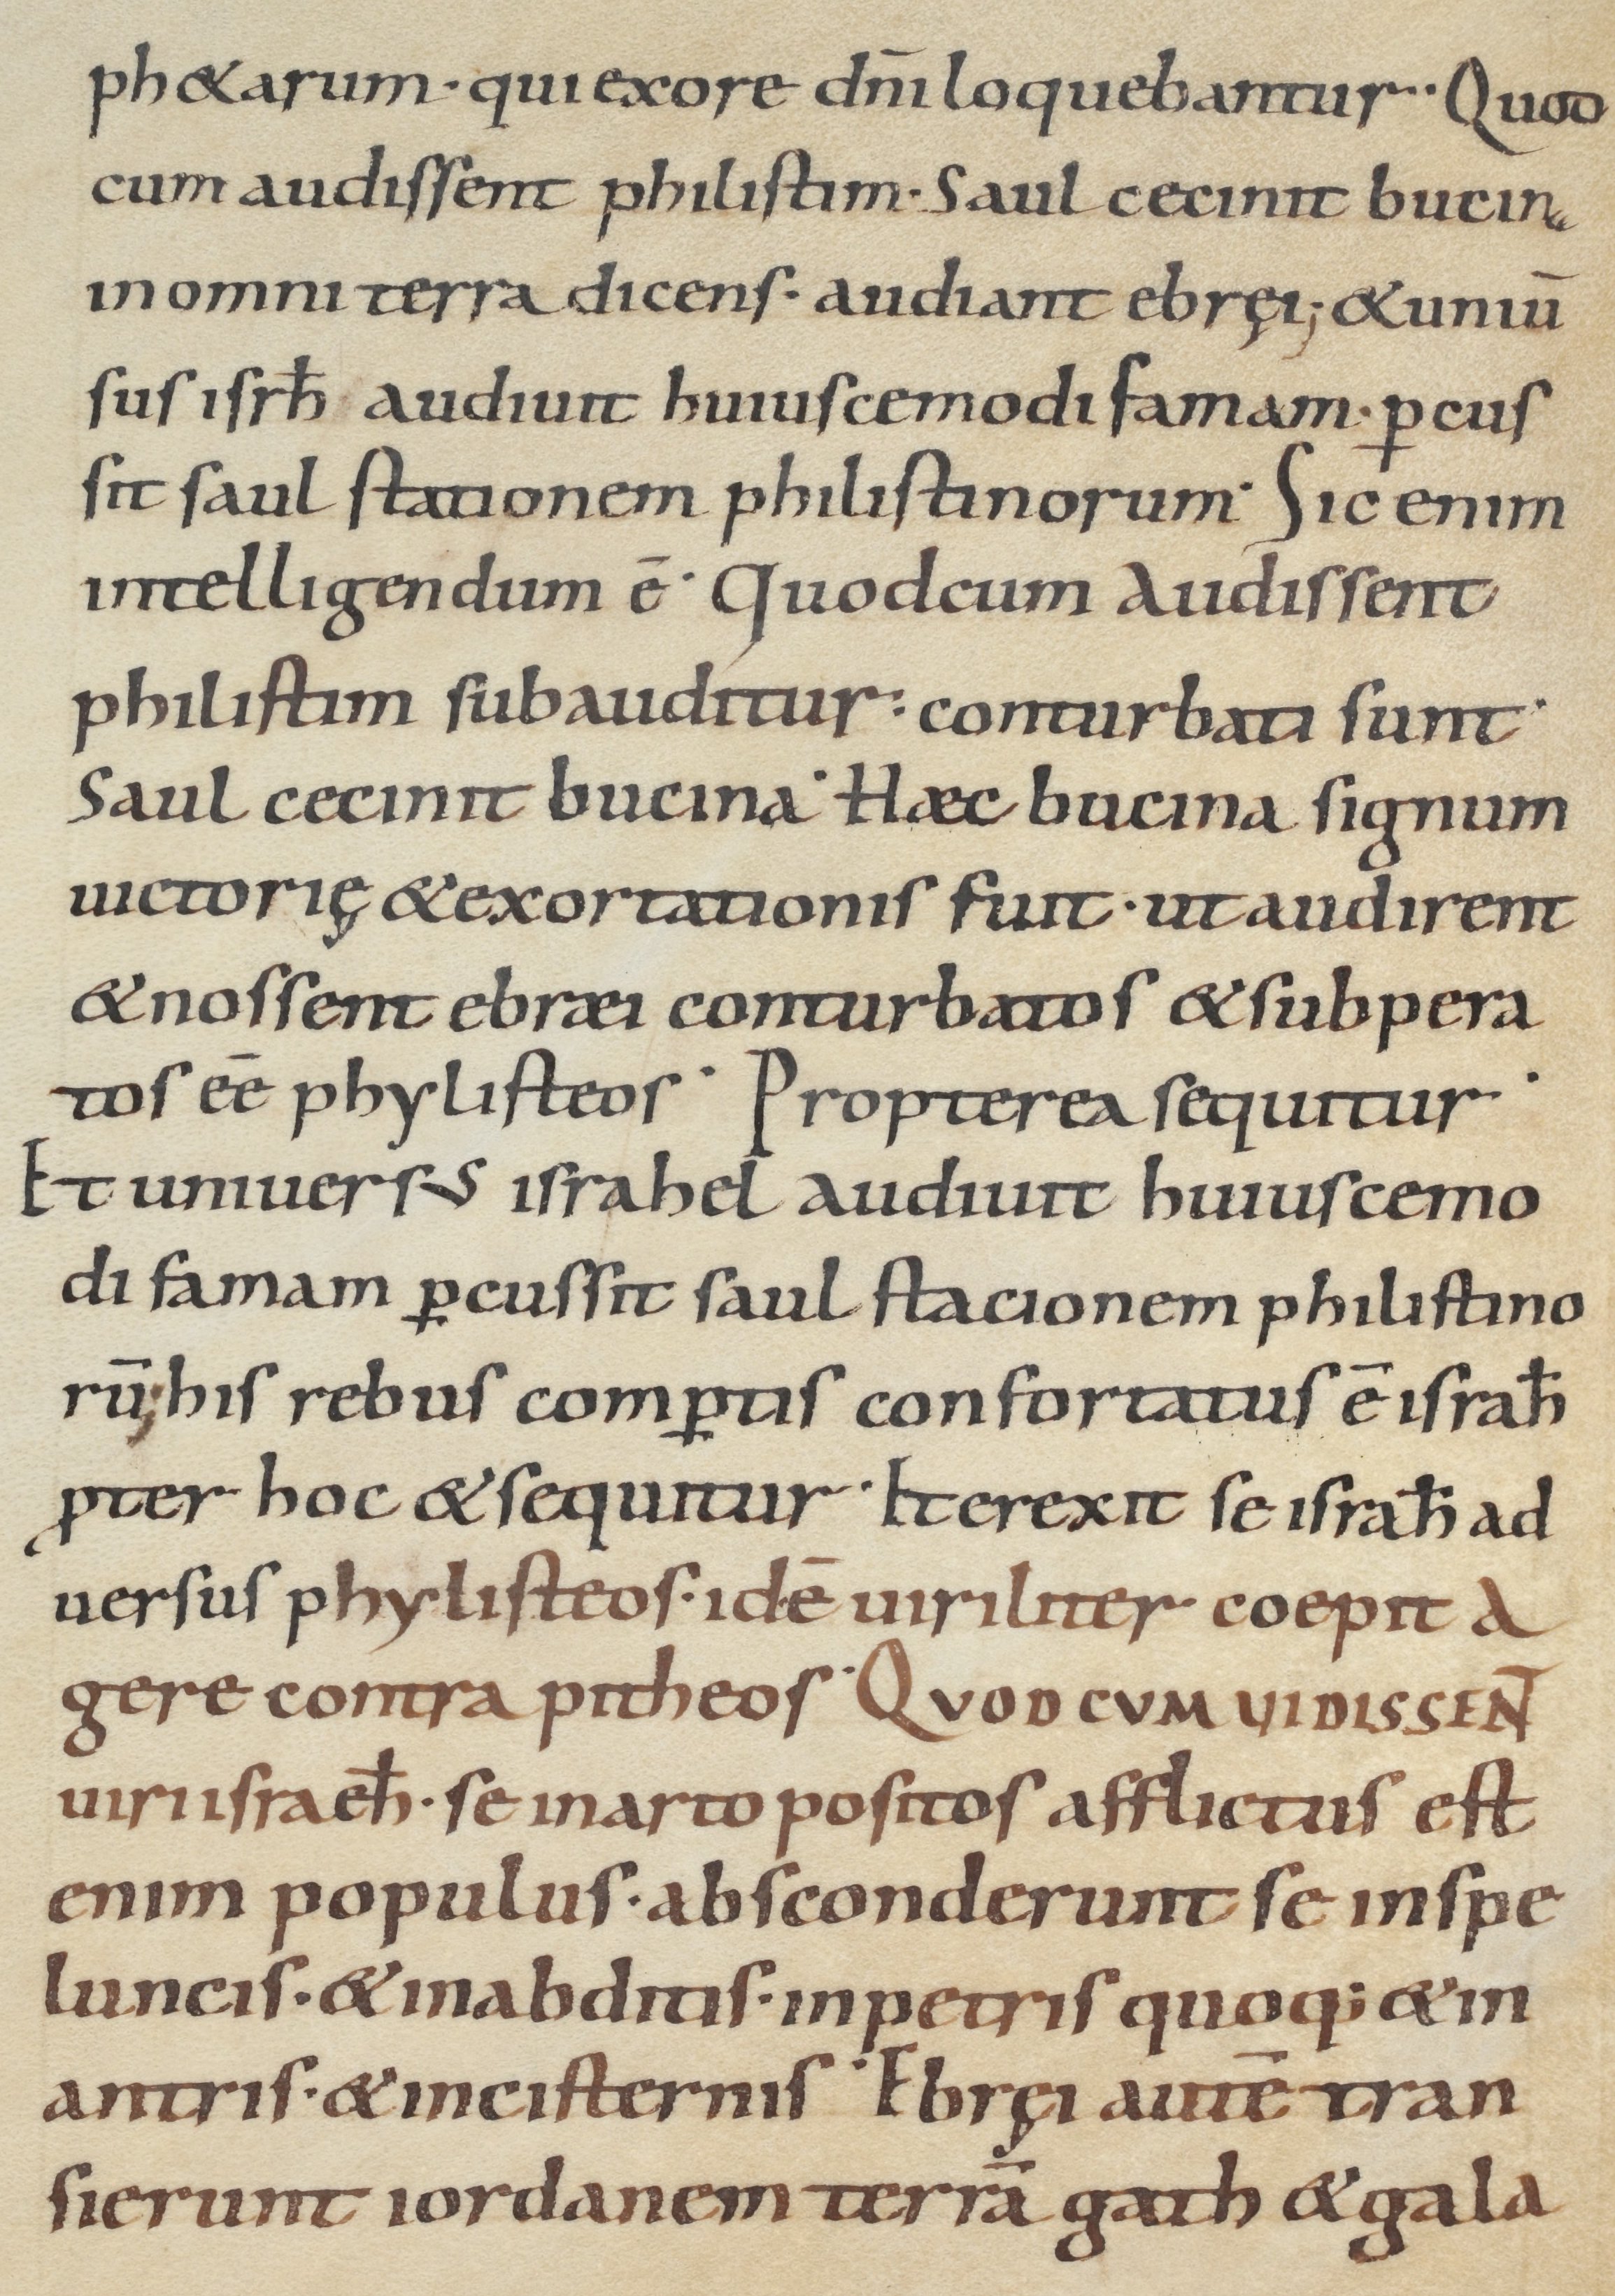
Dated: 800–899